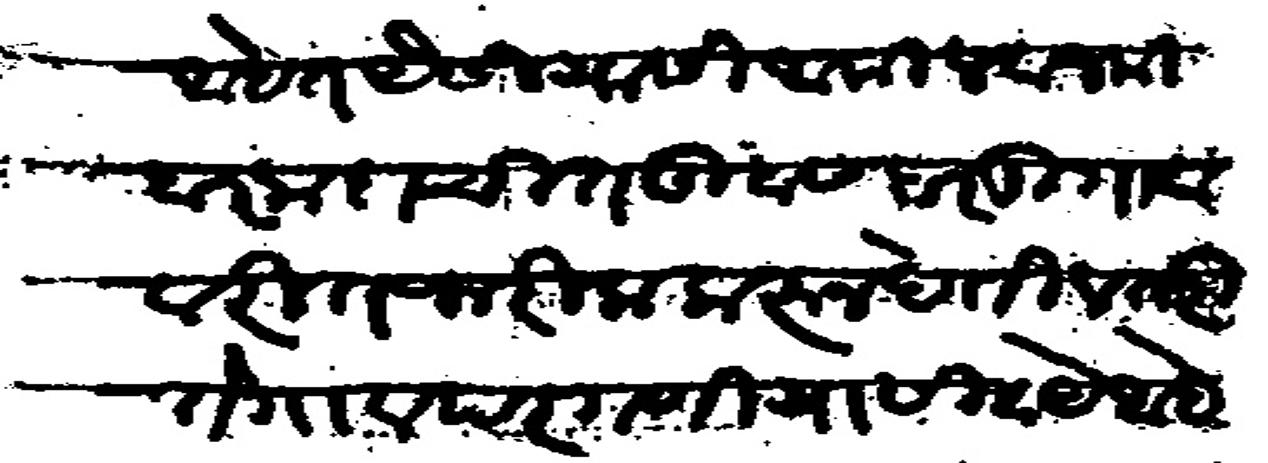
Transliteration (Devanagari): आहेत वैसीयासी आमील व जमिदार कदाचित तुम्हास हर दु गावावरी तफरिक करू न देतील तरी ते गाव परगणीया सिवाये आहेत